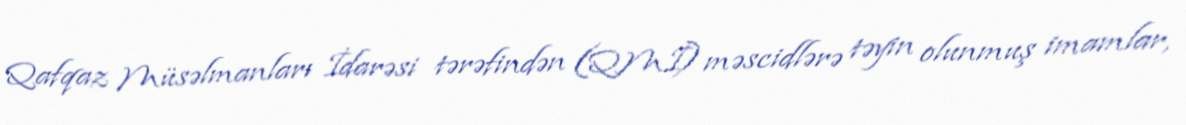
Qafqaz Müsəlmanları İdarəsi tərəfindən (QMİ) məscidlərə təyin olunmuş imamlar,